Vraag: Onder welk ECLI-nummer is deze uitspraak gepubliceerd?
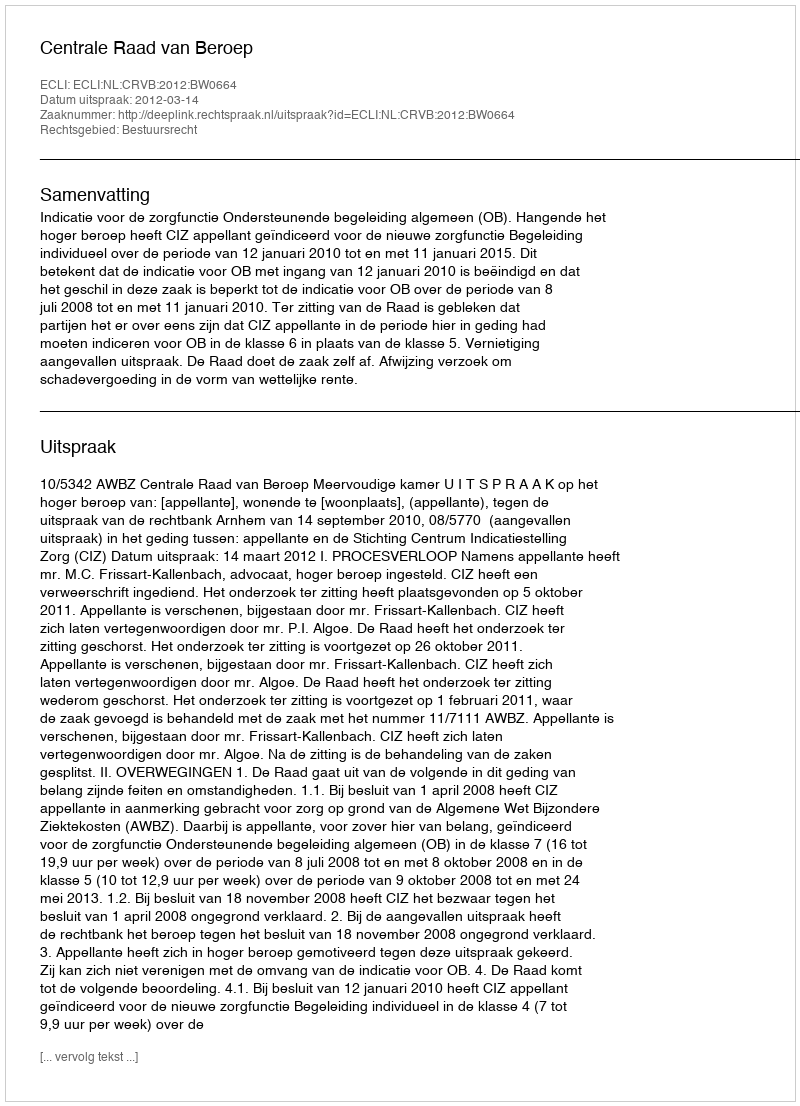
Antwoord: ECLI:NL:CRVB:2012:BW0664